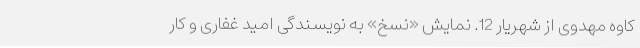
کاوه مهدوی از شهریار 12. نمایش «نسخ» به نویسندگی امید غفاری و کار